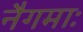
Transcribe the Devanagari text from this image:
नैगमाः